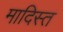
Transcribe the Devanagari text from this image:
मादिस्त